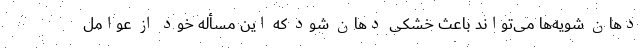
دهان شویه‌ها می‌تواند باعث خشکی دهان شود که این مسأله خود از عوامل